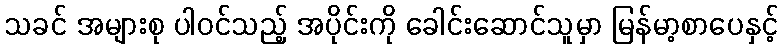
သခင် အများစု ပါဝင်သည့် အပိုင်းကို ခေါင်းဆောင်သူမှာ မြန်မာ့စာပေနှင့်